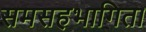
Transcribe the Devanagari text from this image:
समसहभागिता